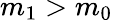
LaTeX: m_{1}>m_{0}